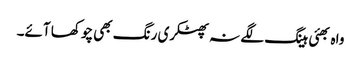
واہ بھئی ہینگ لگے نہ پھٹکری رنگ بھی چوکھا آئے۔